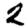
Digit: 2